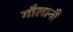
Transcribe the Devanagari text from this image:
गौलानी